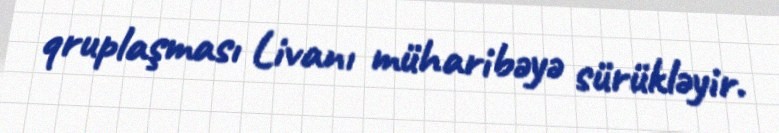
qruplaşması Livanı müharibəyə sürükləyir.